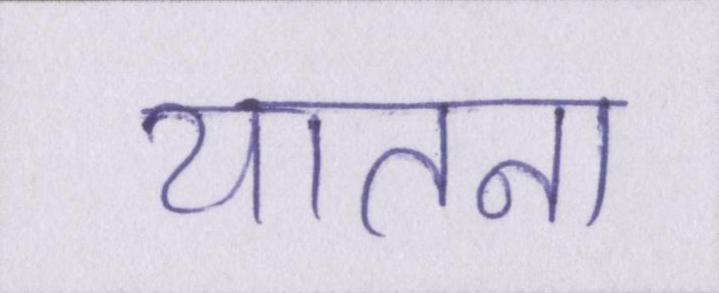
यातना